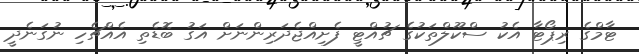
ޓާމްގެ ރިޕޯޓާ އެކު ސްކޫލްތަކުގެ ޗުއްޓީ ފެށިއްޖެދަރިންނަށް އަގު ބޮޑެތި އެއްޗެހި ނުގަނެދީ